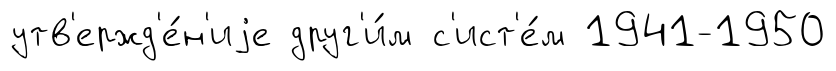
утв'ержд'е́н'иjе друг'и́м с'ист'е́м 1941-1950